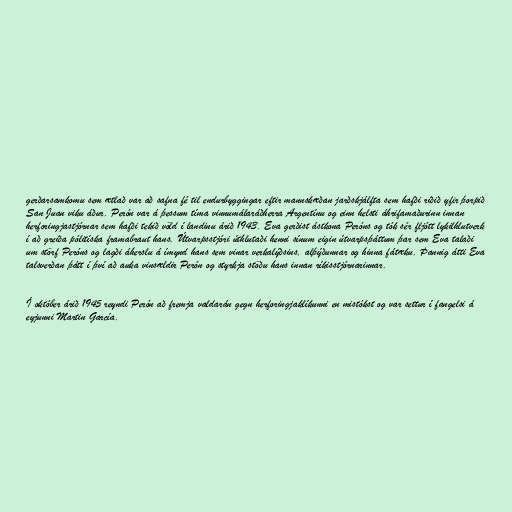
gerðarsamkomu sem ætlað var að safna fé til endurbyggingar eftir mannskæðan jarðskjálfta sem hafði riðið yfir þorpið
San Juan viku áður. Perón var á þessum tíma vinnumálaráðherra Argentínu og einn helsti áhrifamaðurinn innan
herforingjastjórnar sem hafði tekið völd í landinu árið 1943. Eva gerðist ástkona Peróns og tók sér fljótt lykilhlutverk
í að greiða pólitíska framabraut hans. Útvarpsstjóri úthlutaði henni sínum eigin útvarpsþáttum þar sem Eva talaði
um störf Peróns og lagði áherslu á ímynd hans sem vinar verkalýðsins, alþýðunnar og hinna fátæku. Þannig átti Eva
talsverðan þátt í því að auka vinsældir Perón og styrkja stöðu hans innan ríkisstjórnarinnar.

Í október árið 1945 reyndi Perón að fremja valdarán gegn herforingjaklíkunni en mistókst og var settur í fangelsi á
eyjunni Martin García.